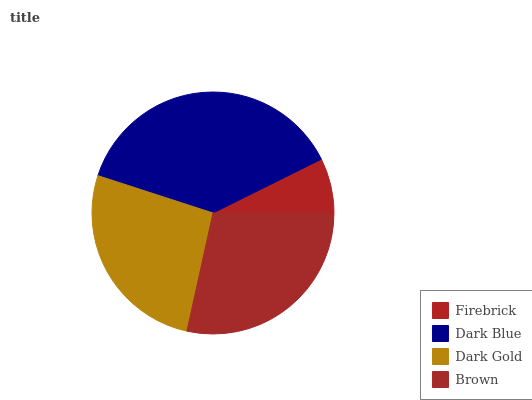
| Firebrick | Dark Blue | Dark Gold | Brown |
 | --- | --- | --- | --- |
 | 7.31% | 37.7% | 26.6% | 28.5% |